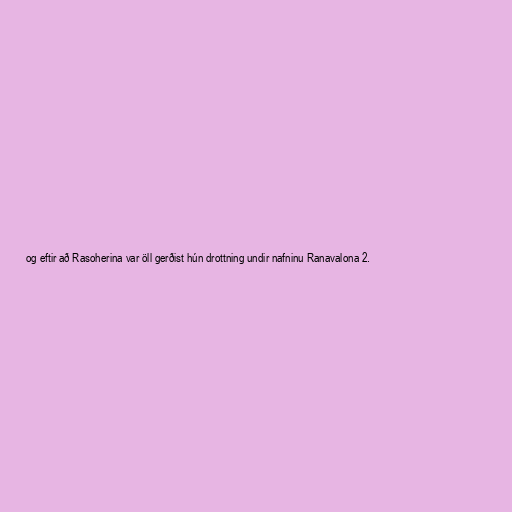
og eftir að Rasoherina var öll gerðist hún drottning undir nafninu Ranavalona 2.